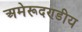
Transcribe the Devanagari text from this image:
अमेरूदण्डीय